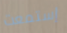
إستمعت